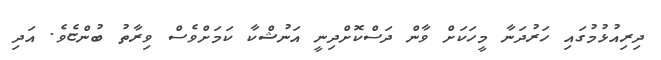
ދިރިއުޅުމުގައި ހަރުދަނާ މީހަކަށް ވާން ދަސްކޮށްދިނީ އަނުޝްކާ ކަމަށްވެސް ވިރާތު ބުންޏެވެ. އަދި